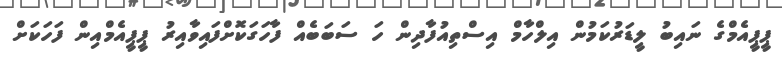
ޕީޕީއެމްގެ ނައިބު ލީޑަރުކަމުން އިލްހާމް އިސްތިއުފާދިން ހަ ސަބަބެއް ފާހަގަކޮށްފައިވާއިރު ޕީޕީއެމްއިން ފަހަކަށް